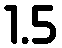
1.5